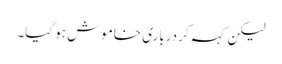
لیکن کہہ کر درباری خاموش ہو گیا۔